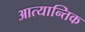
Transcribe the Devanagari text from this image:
आत्यान्तिक